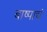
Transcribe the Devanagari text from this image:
बाष्पाचं